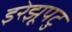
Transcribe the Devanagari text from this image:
इरेझूपटु